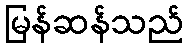
မြန်ဆန်သည်